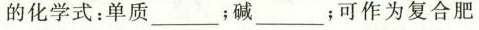
的化学式：单质_____；碱_____；可作为复合肥